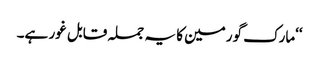
‘‘مارک گورمین کا یہ جملہ قابل غور ہے۔